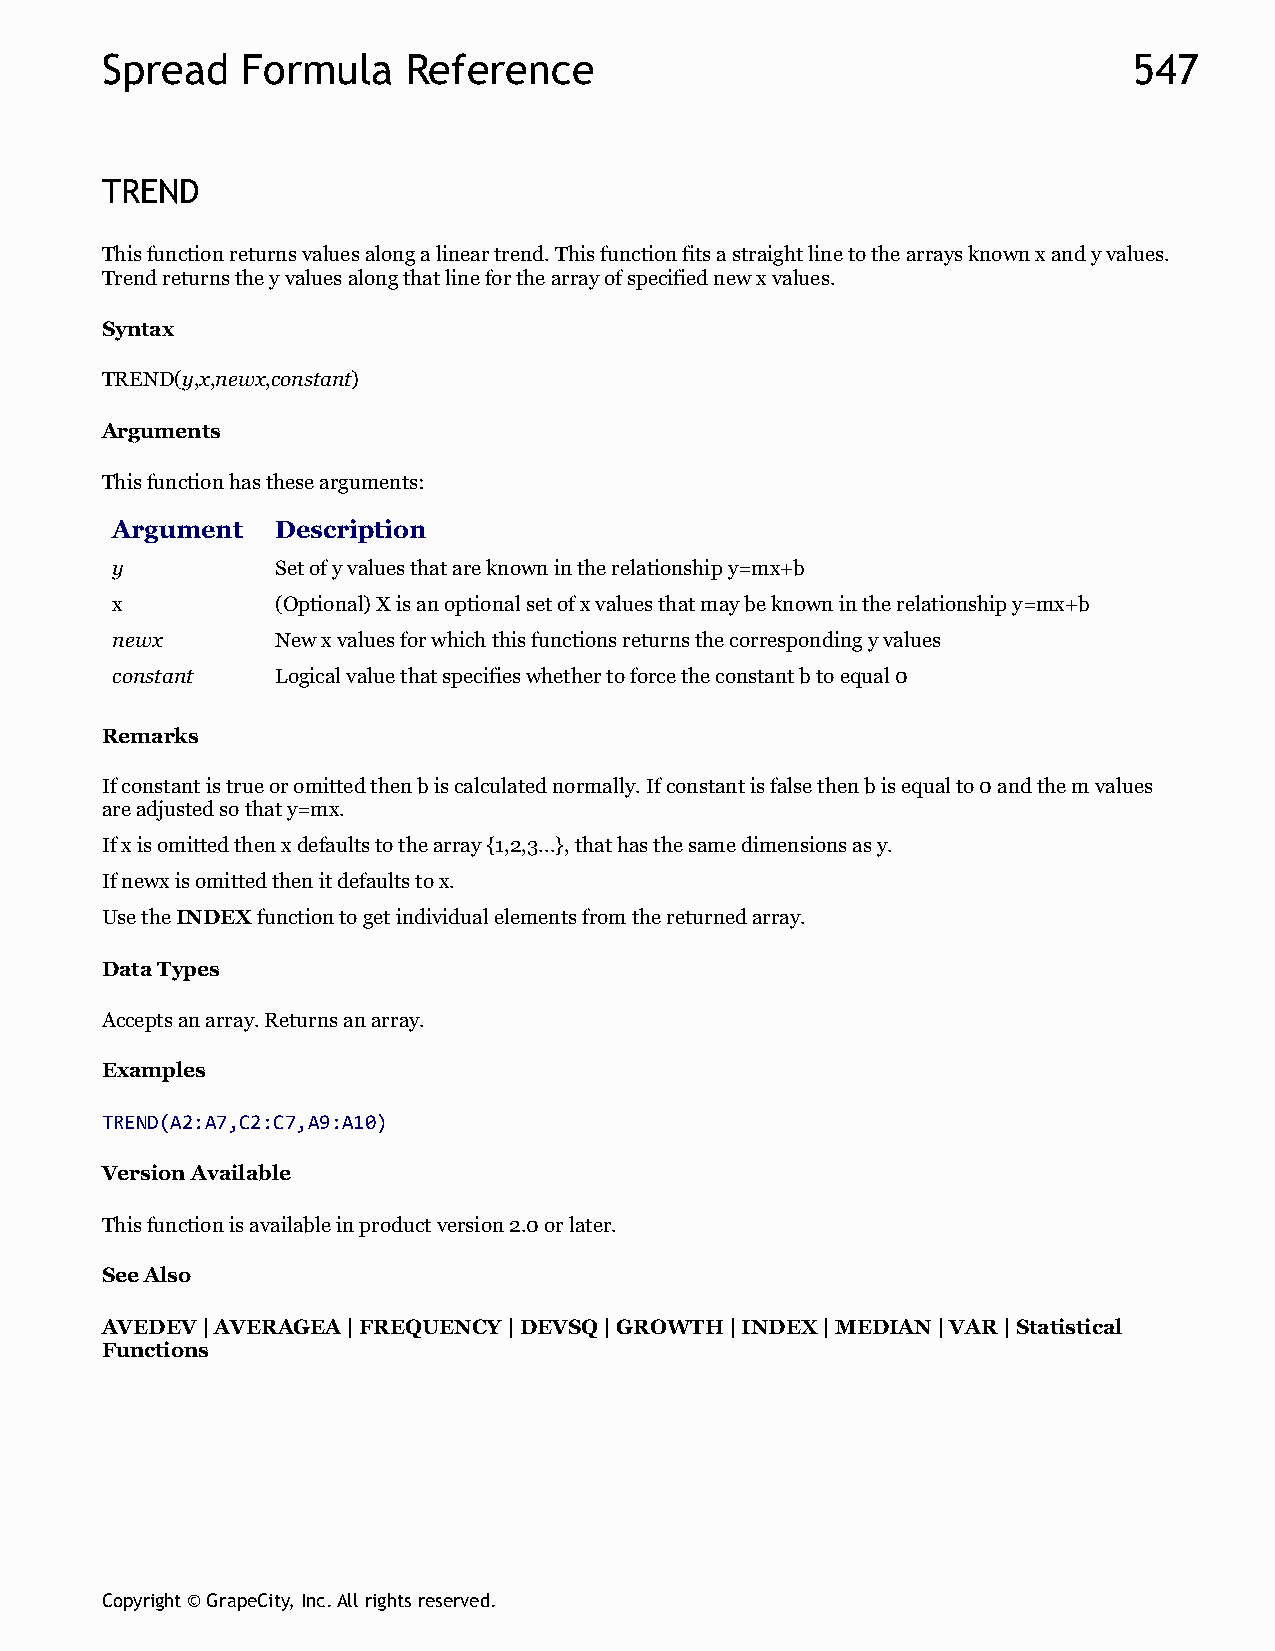
Spread   Formula    Reference                                       547
 TREND
 This function returns values along a linear trend. This function fits a straight line to the arrays known x and y values.
 Trend returns the y values along that line for the array of specified new x values.
 Syntax
 TREND(y,x,newx,constant)
 Arguments
 This function has these arguments:
 Argument   Description
 y          Set of y values that are known in the relationship y=mx+b
 x          (Optional) X is an optional set of x values that may be known in the relationship y=mx+b
 newx       New x values for which this functions returns the corresponding y values
 constant   Logical value that specifies whether to force the constant b to equal 0
 Remarks
 If constant is true or omitted then b is calculated normally. If constant is false then b is equal to 0 and the m values
 are adjusted so that y=mx.
 If x is omitted then x defaults to the array {1,2,3...}, that has the same dimensions as y.
 If newx is omitted then it defaults to x.
 Use the INDEX function to get individual elements from the returned array.
 Data Types
 Accepts an array. Returns an array.
 Examples
 TREND(A2:A7,C2:C7,A9:A10)
 Version Available
 This function is available in product version 2.0 or later.
 See Also
 AVEDEV | AVERAGEA | FREQUENCY | DEVSQ | GROWTH | INDEX | MEDIAN | VAR | Statistical
 Functions
 Copyright © GrapeCity, Inc. All rights reserved.